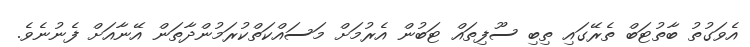
އެވަގުތު ބާތުޓަބް ތެރޭގައި ތިބި ސޫފިތައް ޓަބުން އެރުމަށް މަސައްކަތްކުރަމުންދާތަން އޭނާއަށް ފެނުނެވެ.